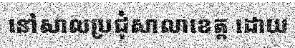
នៅសាលប្រជុំសាលាខេត្ត ដោយ